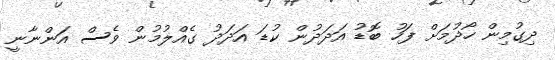
ދިގުމިން ހޯދުމަށް ފަހު ބޮޑު އަދަދުން ކުޑަ އަދަދު ގެއްލުމުން ވެސް އަންނާނީ